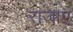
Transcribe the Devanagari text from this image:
राजाए